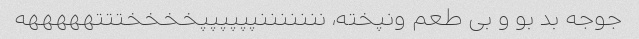
جوجه بد بو و بی طعم ونپخته، نننننننپپپپپپخخخختتتهههههه